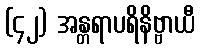
(၄၂) အန္တရာပရိနိဗ္ဗာယီ